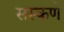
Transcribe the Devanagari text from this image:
सस्कणे